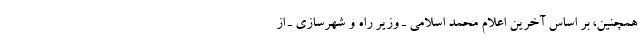
همچنین، بر اساس آخرین اعلام محمد اسلامی ـ وزیر راه و شهرسازی ـ از